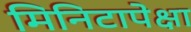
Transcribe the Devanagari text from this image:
मिनिटापेक्षा